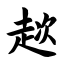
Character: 趑